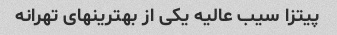
پیتزا سیب عالیه یکی از بهترینهای تهرانه